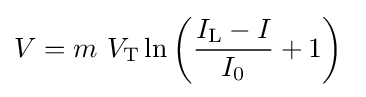
V=m\ V_{\mathrm {T} }\ln \left({\frac {I_{\text{L}}-I}{I_{0}}}+1\right)\